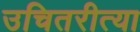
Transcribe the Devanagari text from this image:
उचितरीत्या